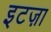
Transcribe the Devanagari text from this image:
इटज़ा